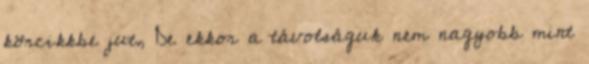
körcikkbe jut, De ekkor a távolságuk nem nagyobb mint